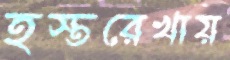
হস্তরেখায়